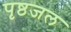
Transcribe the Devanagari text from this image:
पृष्ठजल